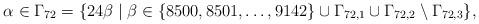
LaTeX: \begin{align*}\alpha \in \Gamma_{72}=\{24 \beta \mid \beta \in \{8500, 8501,\ldots, 9142\}\cup \Gamma_{72,1} \cup \Gamma_{72,2} \setminus \Gamma_{72,3}\},\end{align*}